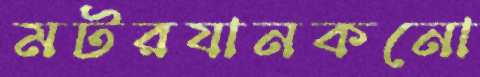
মটরযানকনো